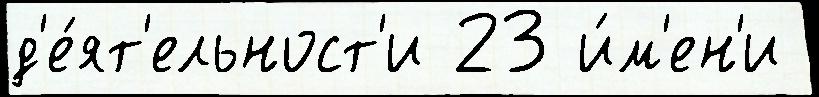
д'е́ят'ельност'и 23 и́м'ен'и